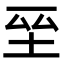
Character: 𭎆